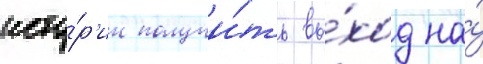
исто́р'ии получи́ть вы́ход на́